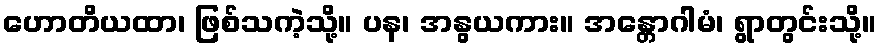
ဟောတိယထာ၊ ဖြစ်သကဲ့သို့။ ပန၊ အနွယကား။ အန္တောဂါမံ၊ ရွာတွင်းသို့။